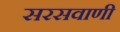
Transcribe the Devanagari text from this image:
सरसवाणी